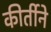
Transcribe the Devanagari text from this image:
कीर्तीने